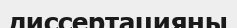
диссертацияны